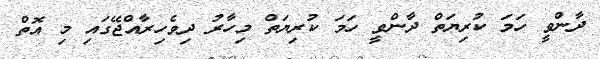
ދާންވީ ހަމަ ކުރިޔަތް ދާންވީ ހަމަ ކުރިޔަތް މިހާރު ދިވެހިރާއްޖޭގައި މި އޮތް